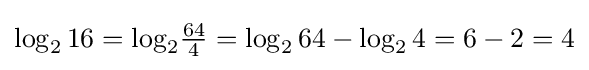
{\textstyle \log _{2}16=\log _{2}\!{\frac {64}{4}}=\log _{2}64-\log _{2}4=6-2=4}